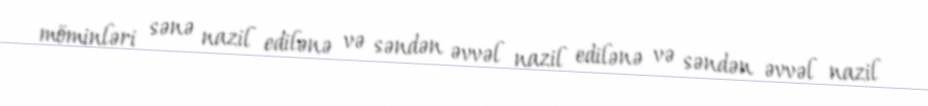
möminləri sənə nazil edilənə və səndən əvvəl nazil edilənə və səndən əvvəl nazil